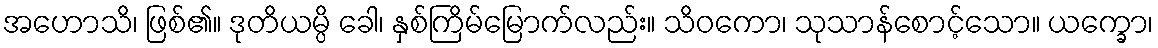
အဟောသိ၊ ဖြစ်၏။ ဒုတိယမ္ပိ ခေါ၊ နှစ်ကြိမ်မြောက်လည်း။ သိဝကော၊ သုသာန်စောင့်သော။ ယက္ခော၊